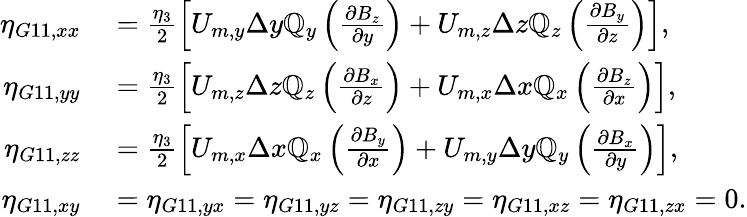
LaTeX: \begin{array}{rl}{\eta_{G11,xx}}&{{}=\frac{\eta_{3}}{2}\left[U_{m,y}\Delta y\mathbb{Q}_{y}\left(\frac{\partial B_{z}}{\partial y}\right)+U_{m,z}\Delta z\mathbb{Q}_{z}\left(\frac{\partial B_{y}}{\partial z}\right)\right],}\\ {\eta_{G11,yy}}&{{}=\frac{\eta_{3}}{2}\left[U_{m,z}\Delta z\mathbb{Q}_{z}\left(\frac{\partial B_{x}}{\partial z}\right)+U_{m,x}\Delta x\mathbb{Q}_{x}\left(\frac{\partial B_{z}}{\partial x}\right)\right],}\\ {\eta_{G11,zz}}&{{}=\frac{\eta_{3}}{2}\left[U_{m,x}\Delta x\mathbb{Q}_{x}\left(\frac{\partial B_{y}}{\partial x}\right)+U_{m,y}\Delta y\mathbb{Q}_{y}\left(\frac{\partial B_{x}}{\partial y}\right)\right],}\\ {\eta_{G11,xy}}&{{}=\eta_{G11,yx}=\eta_{G11,yz}=\eta_{G11,zy}=\eta_{G11,xz}=\eta_{G11,zx}=0.}\end{array}